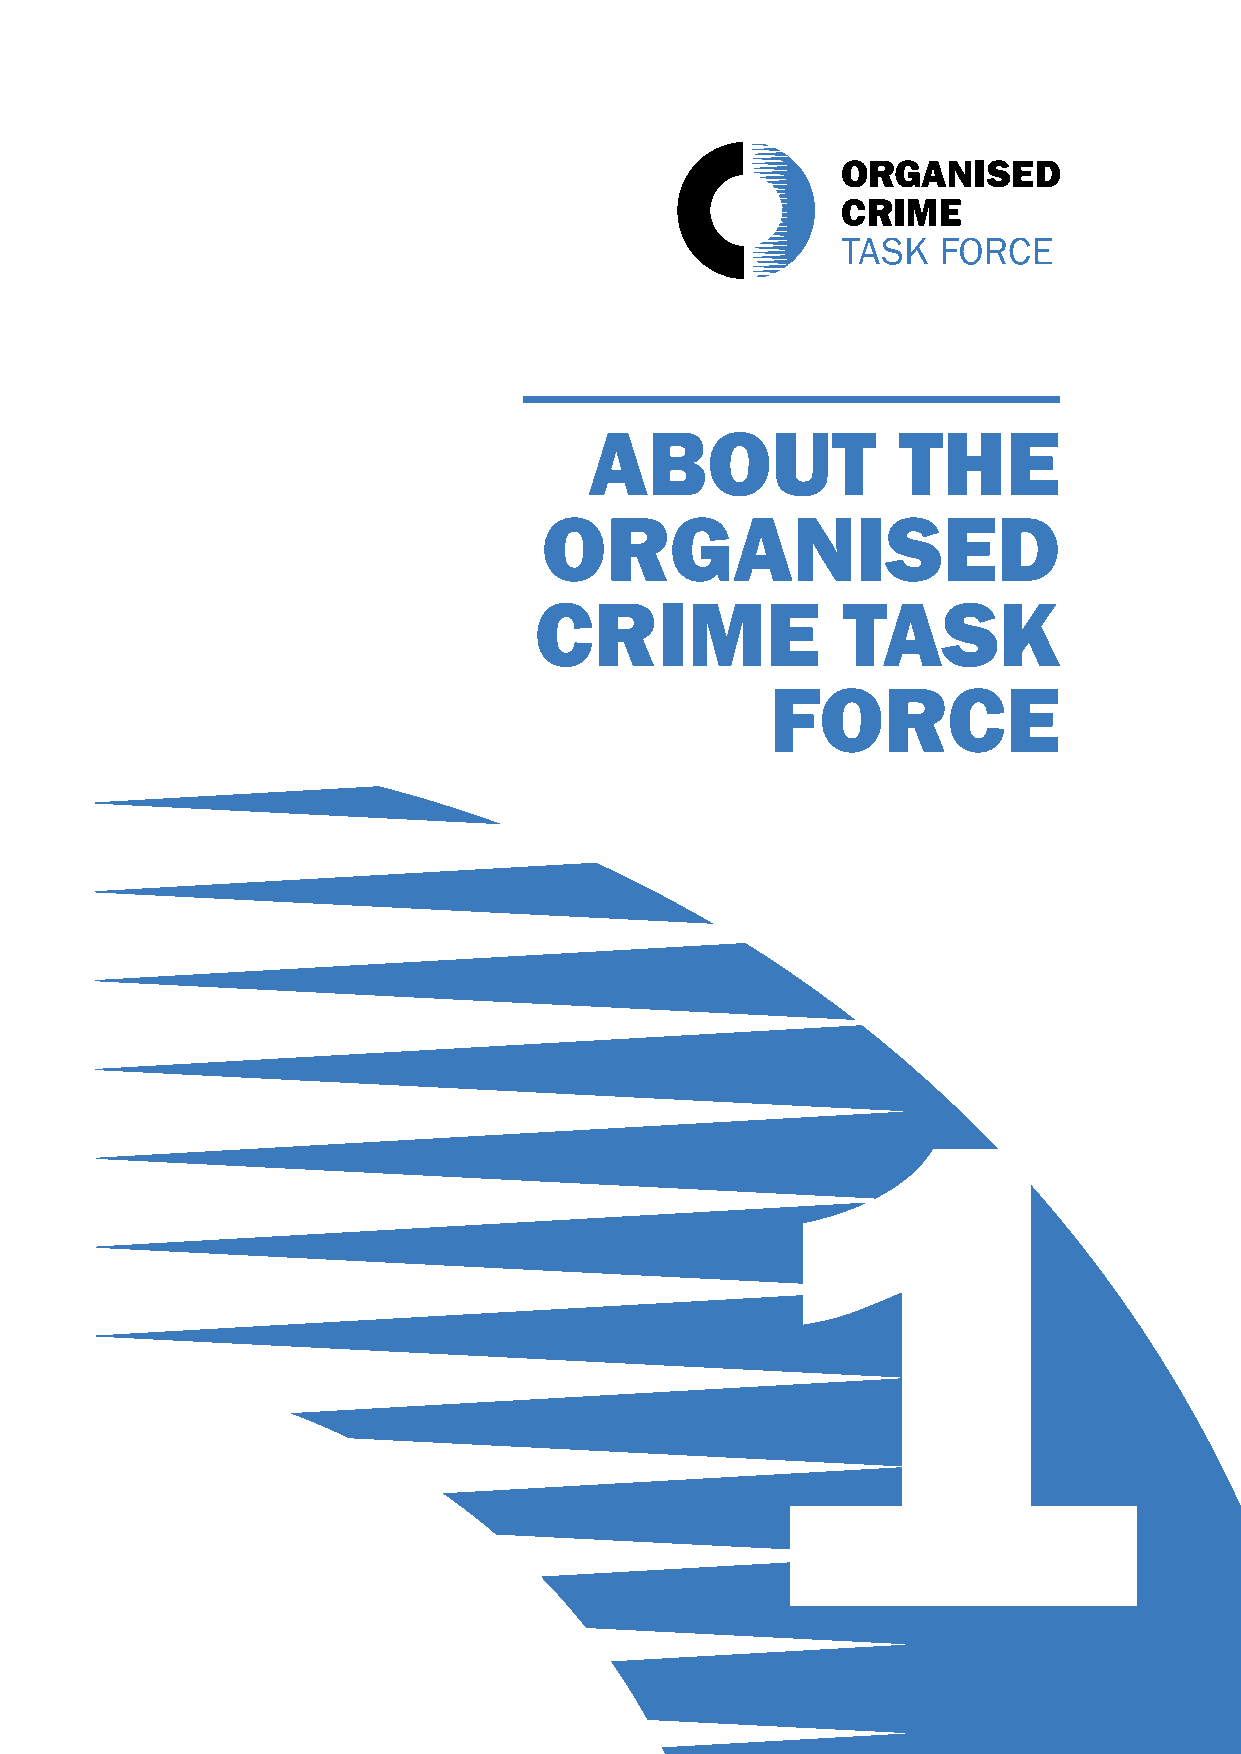
ABOUT               THE
 ORGANISED
 CRIME                TASK
 FORCE
 1